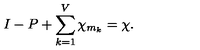
I - P + \sum _ { k = 1 } ^ { V } \chi _ { m _ { k } } = \chi .